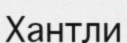
Хантли